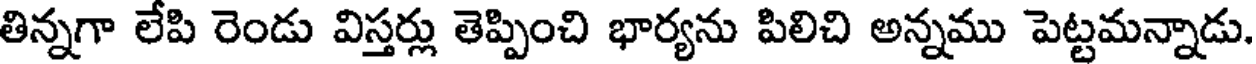
తిన్నగా లేపి రెండు విస్తర్లు తెప్పించి భార్యను పిలిచి అన్నము పెట్టమన్నాడు